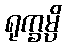
ရုက္ခမ္ပိ